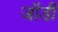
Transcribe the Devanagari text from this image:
जॉर्डी